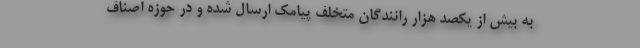
به بیش از یکصد هزار رانندگان متخلف پیامک ارسال شده و در حوزه اصناف